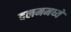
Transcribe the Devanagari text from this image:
दलममध्ये